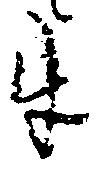
互